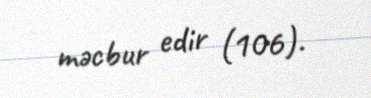
məcbur edir (106).